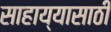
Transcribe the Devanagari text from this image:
साहाय्यासाठीं